Annual report of the Imperial Bacteriologist
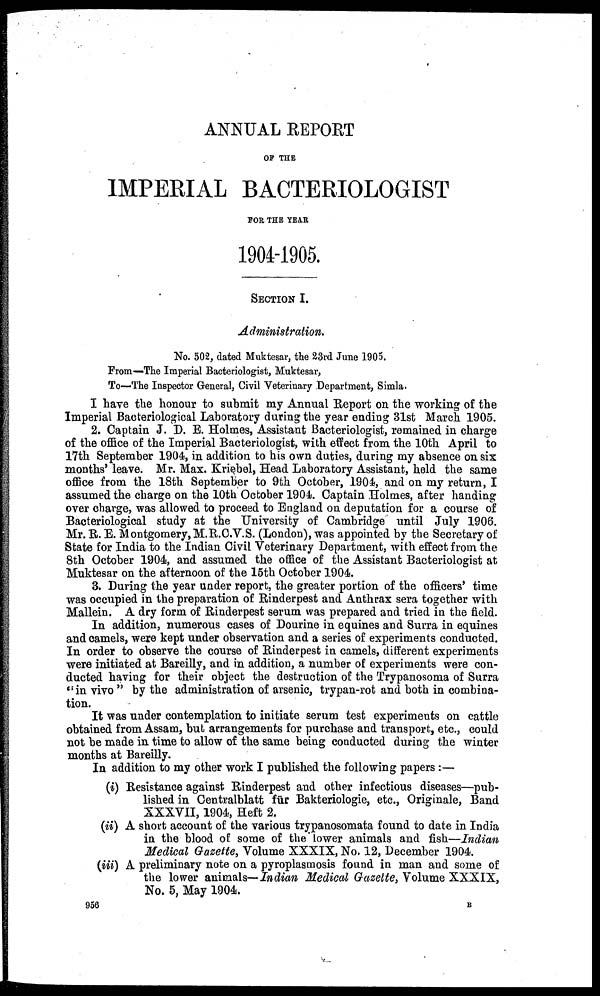
ANNUAL REPORT
OF THE
IMPERIAL BACTERIOLOGIST
FOR THE YEAR
1904-1905.
SECTION I.
Administration.
No. 502, dated Muktesar, the 23rd June 1905.
From—The Imperial Bacteriologist, Muktesar,
To—The Inspector General, Civil Veterinary Department, Simla.
I have the honour to submit my Annual Report on the working of the
Imperial Bacteriological Laboratory during the year ending 31st March 1905.
2. Captain J. D. E. Holmes, Assistant Bacteriologist, remained in charge
of the office of the Imperial Bacteriologist, with effect from the 10th April to
17th September 1904, in addition to his own duties, during my absence on six
months' leave. Mr. Max. Kriebel, Head Laboratory Assistant, held the same
office from the 18th September to 9th October, 1904, and on my return, I
assumed the charge on the 10th October 1904. Captain Holmes, after handing
over charge, was allowed to proceed to England on deputation for a course of
Bacteriological study at the University of Cambridge until July 1906.
Mr. R. E. Montgomery, M.R.C.V.S. (London), was appointed by the Secretary of
State for India to the Indian Civil Veterinary Department, with effect from the
8th October 1904, and assumed the office of the Assistant Bacteriologist at
Muktesar on the afternoon of the 15th October 1904.
3. During the year under report, the greater portion of the officers' time
was occupied in the preparation of Rinderpest and Anthrax sera together with
Mallein. A dry form of Rinderpest serum was prepared and tried in the field.
In addition, numerous cases of Dourine in equines and Surra in equines
and camels, were kept under observation and a series of experiments conducted.
In order to observe the course of Rinderpest in camels, different experiments
were initiated at Bareilly, and in addition, a number of experiments were con-
ducted having for their object the destruction of the Trypanosoma of Surra
"in vivo " by the administration of arsenic, trypan-rot and both in combina-
tion.
It was under contemplation to initiate serum test experiments on cattle
obtained from Assam, but arrangements for purchase and transport, etc., could
not be made in time to allow of the same being conducted during the winter
months at Bareilly.
In addition to my other work I published the following papers :—
(i) Resistance against Rinderpest and other infectious diseases—pub-
lished in Centralblatt für Bakteriologie, etc., Originale, Band
XXXVII, 1904, Heft 2.
(ii) A short account of the various trypanosomata found to date in India
in the blood of some of the lower animals and fish—Indian
Medical Gazette, Volume XXXIX, No. 12, December 1904.
(iii) A preliminary note on a pyroplasmosis found in man and some of
the lower animals— Indian Medical Gazette, Volume XXXIX,
No. 5, May 1904.
956
B